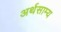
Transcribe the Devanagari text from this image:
अर्थसाम्य